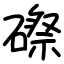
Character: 磜